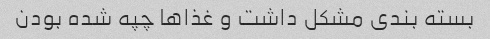
بسته بندی مشکل داشت و غذا‌ها چپه شده بودن